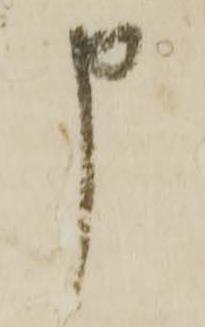
申